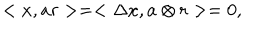
< x , a r > = < \Delta x , a \otimes r > = 0 ,